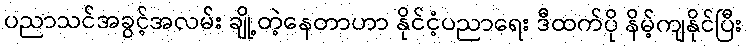
ပညာသင်အခွင့်အလမ်း ချို့တဲ့နေတာဟာ နိုင်ငံ့ပညာရေး ဒီထက်ပို နိမ့်ကျနိုင်ပြီး